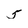
Character: 5